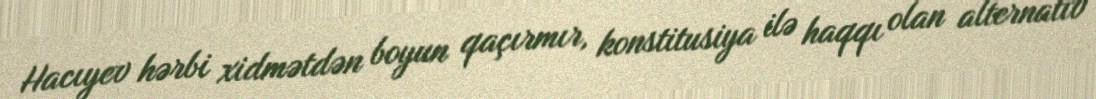
Hacıyev hərbi xidmətdən boyun qaçırmır, konstitusiya ilə haqqı olan alternativ